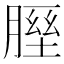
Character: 𦞥